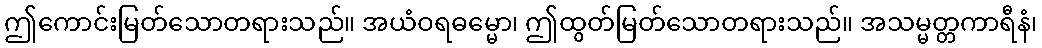
ဤကောင်းမြတ်သောတရားသည်။ အယံဝရဓမ္မော၊ ဤထွတ်မြတ်သောတရားသည်။ အသမ္မတ္တကာရီနံ၊